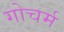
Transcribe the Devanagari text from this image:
गोचर्म